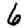
Digit: 6